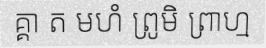
គ្គា ត មហំ ព្រូមិ ព្រាហ្ម